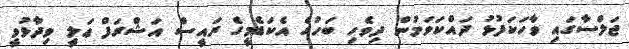
ޖަލްސާގައި ވާހަކަފުޅު ދައްކަވަމުން ދިވެހި ބަހުގެ އެކަޑެމީގެ ރައީސް އަޝްރަފް ޢަލީ ވިދާޅުވީ